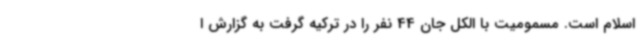
اسلام است. مسمومیت با الکل جان 44 نفر را در ترکیه گرفت به گزارش ا